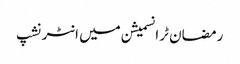
رمضان ٹرانسمیشن میں انٹرنشپ